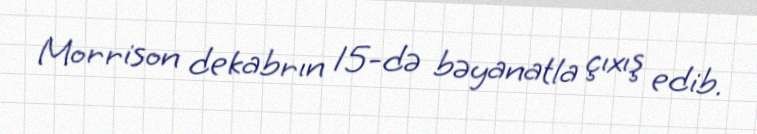
Morrison dekabrın 15-də bəyanatla çıxış edib.